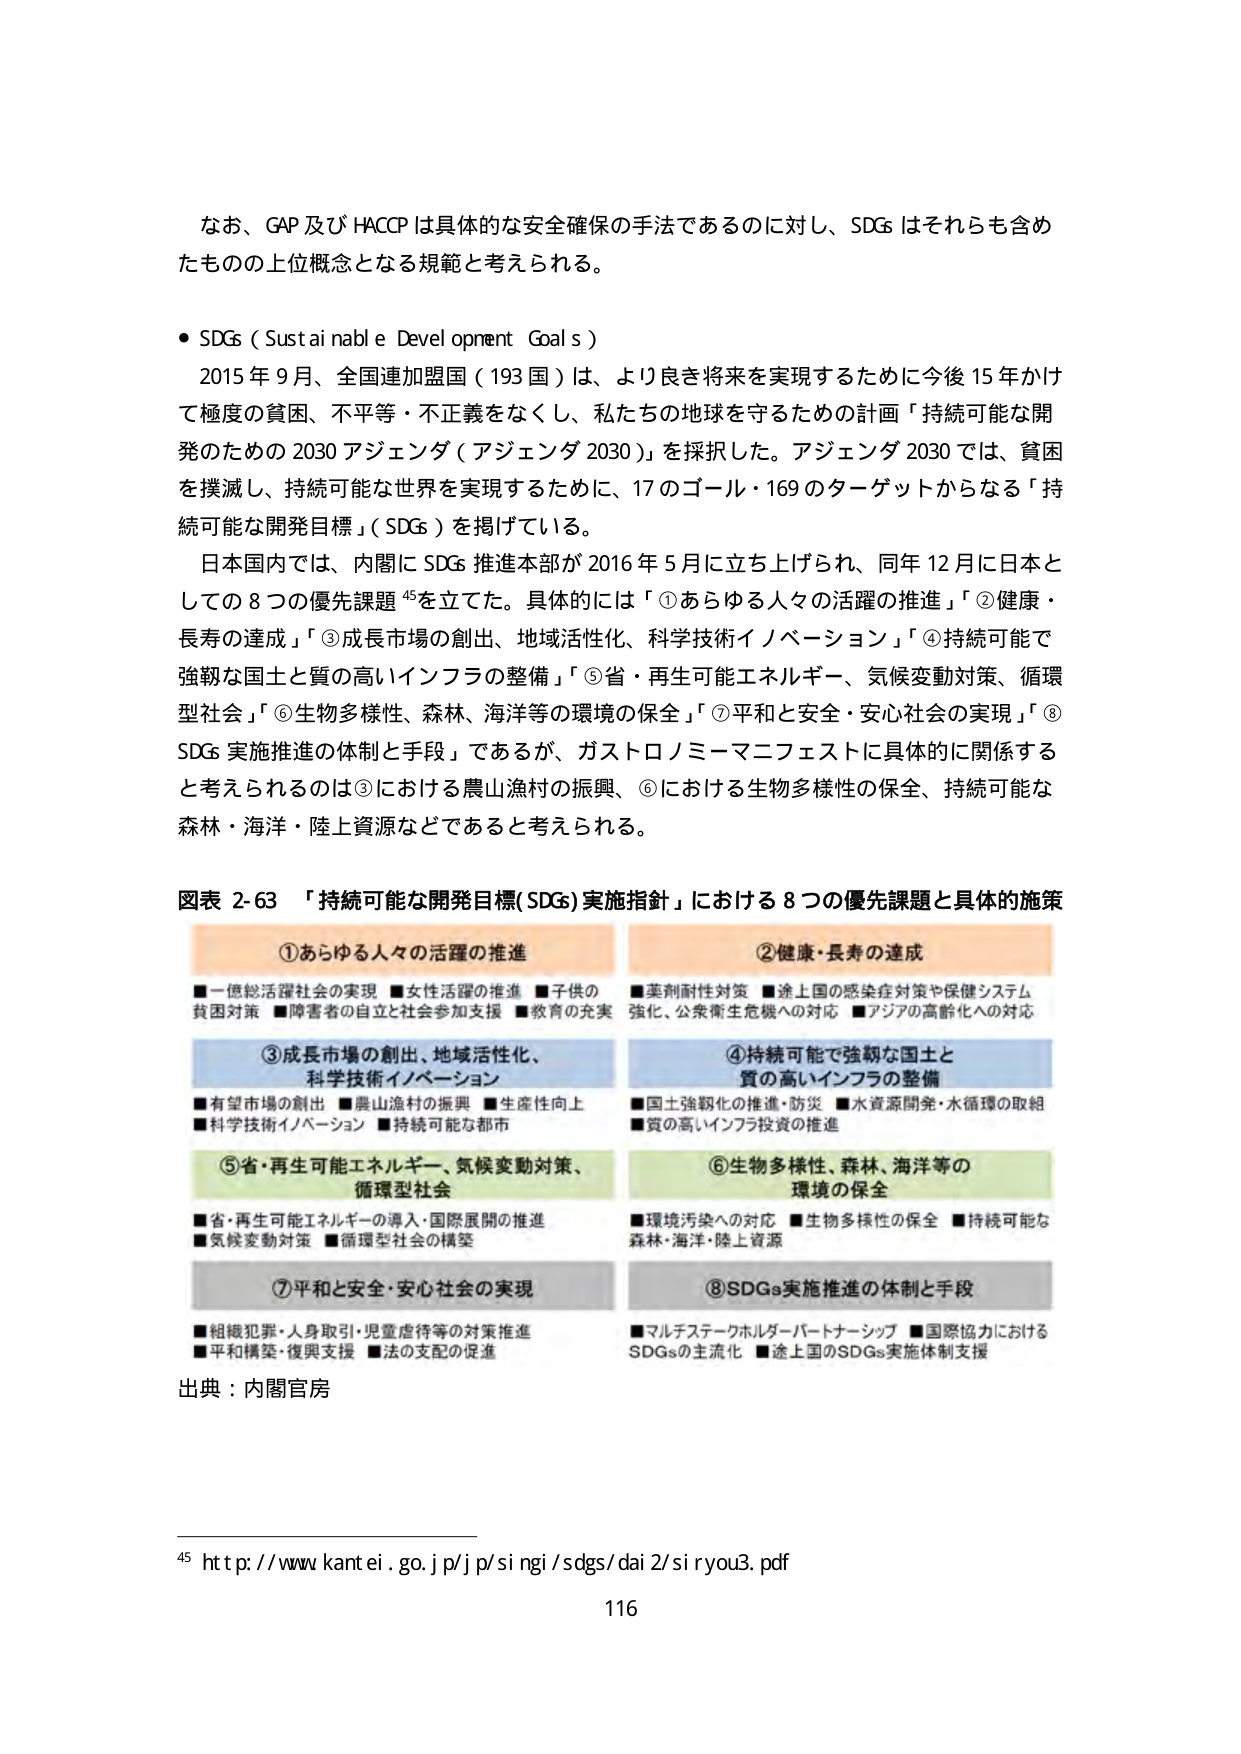
なお、GAP 及び HACCP は具体的な安全確保の手法であるのに対し、SDGs はそれらも含めたものの上位概念となる規範と考えられる。

● SDGs（Sustai nabl e Devel opment Goal s）
2015 年 9 月、全国連加盟国（193 国）は、より良き将来を実現するために今後 15 年かけて極度の貧困、不平等・不正義をなくし、私たちの地球を守るための計画「持続可能な開発のための 2030 アジェンダ（アジェンダ 2030）」を採択した。アジェンダ 2030 では、貧困を撲滅し、持続可能な世界を実現するために、17 のゴール・169 のターゲットからなる「持続可能な開発目標」（SDGs）を掲げている。
日本国内では、内閣に SDGs 推進本部が 2016 年 5 月に立ち上げられ、同年 12 月に日本としての 8 つの優先課題 45 を立てた。具体的には「①あらゆる人々の活躍の推進」「②健康・長寿の達成」「③成長市場の創出、地域活性化、科学技術イノベーション」「④持続可能で強靭な国土と質の高いインフラの整備」「⑤省・再生可能エネルギー、気候変動対策、循環型社会」「⑥生物多様性、森林、海洋等の環境の保全」「⑦平和と安全・安心社会の実現」「⑧SDGs 実施推進の体制と手段」であるが、ガストロノミーマニフェストに具体的に関係すると考えられるのは③における農山漁村の振興、⑥における生物多様性の保全、持続可能な森林・海洋・陸上資源などであると考えられる。

図表 2-63 「持続可能な開発目標(SDGs) 実施指針」における 8 つの優先課題と具体的施策

①あらゆる人々の活躍の推進
■一億総活躍社会の実現 ■女性活躍の推進 ■子供の貧困対策 ■障害者の自立と社会参加支援 ■教育の充実

②健康・長寿の達成
■薬剤耐性対策 ■途上国の感染症対策や保健システム強化、公衆衛生危機への対応 ■アジアの高齢化への対応

③成長市場の創出、地域活性化、科学技術イノベーション
■有望市場の創出 ■農山漁村の振興 ■生産性向上 ■科学技術イノベーション ■持続可能な都市

④持続可能で強靭な国土と質の高いインフラの整備
■国土強靭化の推進・防災 ■水資源開発・水循環の取組 ■質の高いインフラ投資の推進

⑤省・再生可能エネルギー、気候変動対策、循環型社会
■省・再生可能エネルギーの導入・国際展開の推進 ■気候変動対策 ■循環型社会の構築

⑥生物多様性、森林、海洋等の環境の保全
■環境汚染への対応 ■生物多様性の保全 ■持続可能な森林・海洋・陸上資源

⑦平和と安全・安心社会の実現
■組織犯罪・人身取引・児童虐待等の対策推進 ■平和構築・復興支援 ■法の支配の促進

⑧SDGs実施推進の体制と手段
■マルチステークホルダーパートナーシップ ■国際協力における SDGsの主流化 ■途上国のSDGs実施体制支援

出典：内閣官房

45 http://www.kantei.go.jp/jp/singi/sdgs/dai2/siryou3.pdf

116